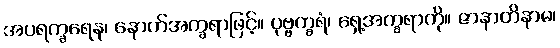
အပရက္ခရေန၊ နောက်အက္ခရာဖြင့်။ ပုဗ္ဗက္ခရံ၊ ရှေ့အက္ခရာကို။ ဇာနာတိနာမ၊